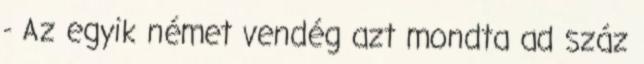
- Az egyik német vendég azt mondta ad száz